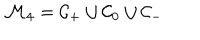
LaTeX: { \cal M } _ { 4 } = { \cal C } _ { + } \cup { \cal C } _ { 0 } \cup { \cal C } _ { - }